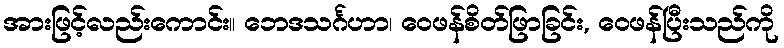
အားဖြင့်လည်းကောင်း။ ဘေဒသင်္ဂဟာ၊ ဝေဖန်စိတ်ဖြာခြင်း, ဝေဖန်ပြီးသည်ကို